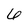
Character: 6